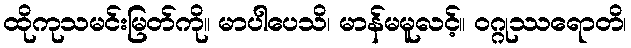
ထိုကုသမင်းမြတ်ကို။ မာပါပေသိ၊ မာန်မမူလင့်။ ဝဂ္ဂုဿရောတိ၊